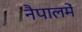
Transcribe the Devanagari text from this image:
नैपालमें